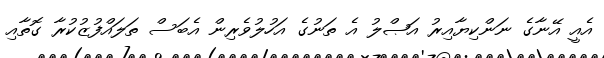
އެއީ އޭނާގެ ނަންކިޔާއިރު އަޞްލު އެ ތަނުގެ އަހުލުވެރިން އެބަސް ތަލައްފުޒުކުރާ ގޮތާއި